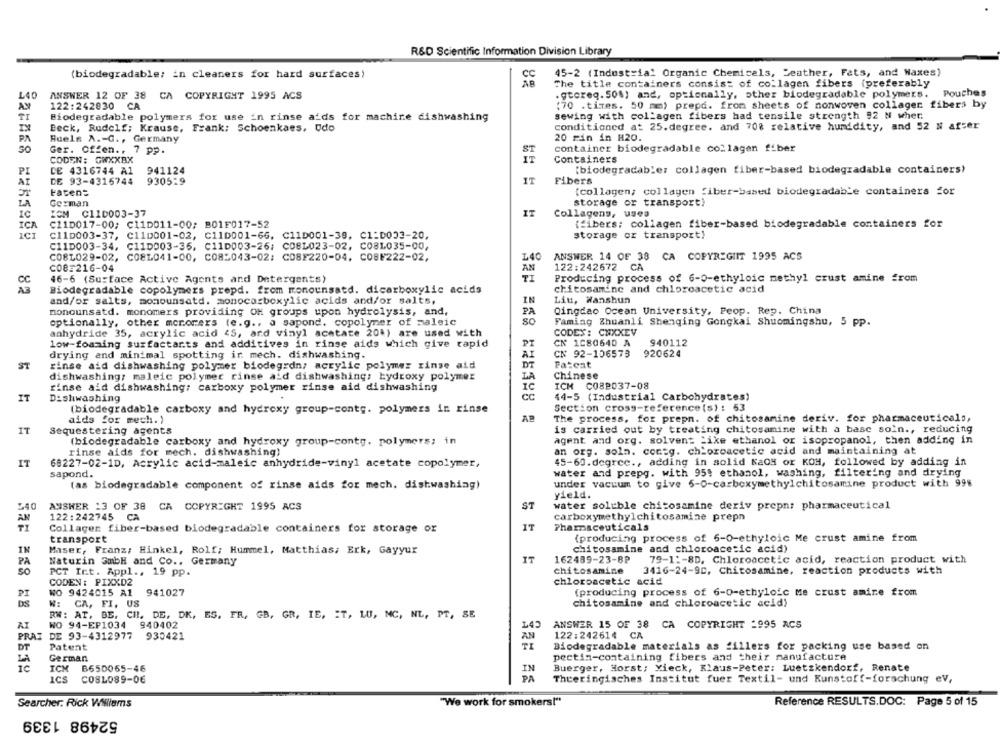
R&D Scientific Information Division Library
(biodegradable; in cleaners for hard surfaces)
45-2 (Industrial Organic Chemicals, Leather, Fats, and Waxes)
The title containers consist of collagen fibers (preferably
ANSWER 12 OF 38 CA COPYRIGHT 1995 ACS
.gtereq. 50%) and, optionally, other biodegradable polymers.
Pouches
AY
122:242830 CA
(70 .times. 50 mm) prepd. from sheets of nonwoven collager fibers by
TI
Biodegradable polymers for use in rinse aids for machine dishwashing
sewing with collagen fibers had tensile strength 92 N wher
conditioned at 25.degree. and 708 relative humidity, and 52 N after
Beck, Rudolf; Krause, Frank; Schoenkaes, Udo
PA
Fuels A .- G ., Germany
20 min in H20.
container biodegradable collagen fiber
Ger. Offen ., 7 pp.
ST
CODEN: GWXXRX
IT
Containers
DE 4316744 A1
941124
[biodegradable: collagen fiber-based biodegradable containers)
PI
IT
DE 93-4316744
930519
Fibers
Faten=
(collagen; collagen fiber-based biodegradable containers for
LA
German
storage or transport)
1C
ICM C110003-37
IT
Collagens, uses
ICA
C210017-00; C11D011-00; B01F017-52
(fibers: collagen fiber-based biodegradable containers for
ICI
C110003-37, C110001-02, C110001-66, C11D001-38, C1:D033-20,
storage or transport!
C11D003-34, C11D003-36, C11D003-26; CO8L023-02, CO8L035-00,
C08L029-02, CO8L041-00, CO82043-02: C08F220-04, CO8F222-02,
L40
ANSWER 14 OF 38 CA COPYRIGHT 1995 ACS
c08:216-04
122:242672 CA
AN
46-6 (Surface Active Agents and Detergents)
TI
Producing process of 6-0-ethyloic methyl crust amine from
Biodegradable copolymers prepd. from monounsatd. dicarboxylic acids
chitosamine and chloroacetic acid
82
and/or salts, momounsatd. monocarboxylic acids and/or salts,
IN
Liu, Wanshun
monounsatd. monomers providing OH groups upon hydrolysis, and,
Qingdao Ocean University, Peop. Rep. China
PA
SC
optionally, other mororers (e.g ., a sapond. copolymer of maleic
Famiag Zhuanli Shenging Gongkai Shuomingshu, 5 PP.
anhydride 35, acrylic acid <5, ard vinyl acetate 20%) are used with
CODEX: CNXXEV
940112
low-foaming surfactants and additives in rinse aids which give rapid
PT
CK 1080640 A
drying and minimal spotting ir mech. dishwashing.
AI
CN 92-106573
920624
Pateat
ST
rinse aid dishwashing polymer biodegrdn; acrylic polymer rinse aid
DT
dishwashing; maleic polymer rinse aid dishwashing; hydroxy polymer
LA
Chinese
IC
ICH C082037-08
rinse aid dishwashing: carboxy polymer rinse aid dishwashing
IT
Dishwashing
cc
44-5 (Industrial Carbohydrates)
(biodegradable carboxy and hydroxy group-contg. polymers in rinse
Section cross-reference (s): 53
aids for mech.)
The process, for prepn. of chitosamine deriv. for pharmaceuticals,
IT
Sequestering agents
is carried out by treating chitosamine with a base soln ., reducing
(biodegradable carboxy and hydroxy group-conty. polymers; in
agent and org. solvent Like ethanol or isopropanol, then adding in
rinse aids for mech. dishwashing)
an org. soln. comeg. chloroacetic acid and maintaining at
45-60.degree ., adding in solid Kaos or KOH, followed by adding in
IT
68227-02-1D, Acrylic acid-maleic anhydride-vinyl acetate copolymer,
sapond.
water and prepg. with 95: ethanol, washing, filtering and drying
under vacuum to give 6-0-carboxymethylchitosamine product with 998
(as biodegradable component of rinse aids for mech. dishwashing)
yield.
ST
540
ANSWER :3 OF 38 CA COPYRIGHT 1995 ACS
water soluble chitosamine deriv prepns pharmaceutical
122:242745 CA
carboxymethylchitosamine prepn
AN
IT
Pharmaceuticals
Collager fiber-based biodegradable containers for storage or
transport
(producing process of 6-0-ethyloic Me crust amine from
IN
chitosamine and chloroacetic acid)
Maser, Franz; Hinkel, Rolf; Hummel, Matthias; Erk, Gayyur
PA
Naturin SmbH and Co ., Germany
IT
162489-23-8P
79-1 :- 8D, Chloroacetic acid, reaction product with
SO
PCT Ict. Appl ., 19 pp.
chitosamine
3416-24-9C, Chitosamine, reaction products with
CODEN: PIXXD2
chloroacetic acid
PI
WO 9424015 A1
941027
(producing process of 6-0-ethyloic Me crust amire from
DS
W: CA, FI, US
chitosamine and chloroacetic acid)
RW: AT, BE, CH, DE, DK, ES. FR, GB, GR. IE, IT, LU, MC, NL, PT, SE
AT
WO 94-EP1034 940402
ANSWER 15 OF 38 CA COPYRIGHT -995 ACS
14
PRAI DE 93-4312977
935421
122:242614 CA
DT
Biodegradable materials as fillers for packing use based on
Patent
LA
German
pectin-containing fibers and their manufacture
ICH
B650065-46
Buerger, Horst; Yieck, Klaus-Peter: Luetzkendorf, Renate
ICS
COSL089-06
PA
Theeringisches Institut fuer Textil- und Kunstoff-forschung ev,
Searcher: Rick Williams
"We work for smokers!"
Reference RESULTS.DOC: Page 5 of 15
52498 1339